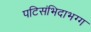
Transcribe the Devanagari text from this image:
पटिसंभिदाभग्ग